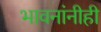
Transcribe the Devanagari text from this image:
भावनांनीही